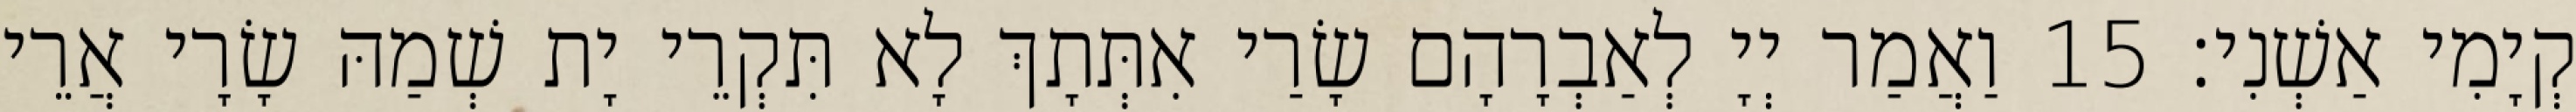
קְיָמִי אַשְׁנִי׃ 15 וַאֲמַר יְיָ לְאַבְרָהָם שָׂרַי אִתְּתָךְ לָא תִּקְרֵי יָת שְׁמַהּ שָׂרָי אֲרֵי